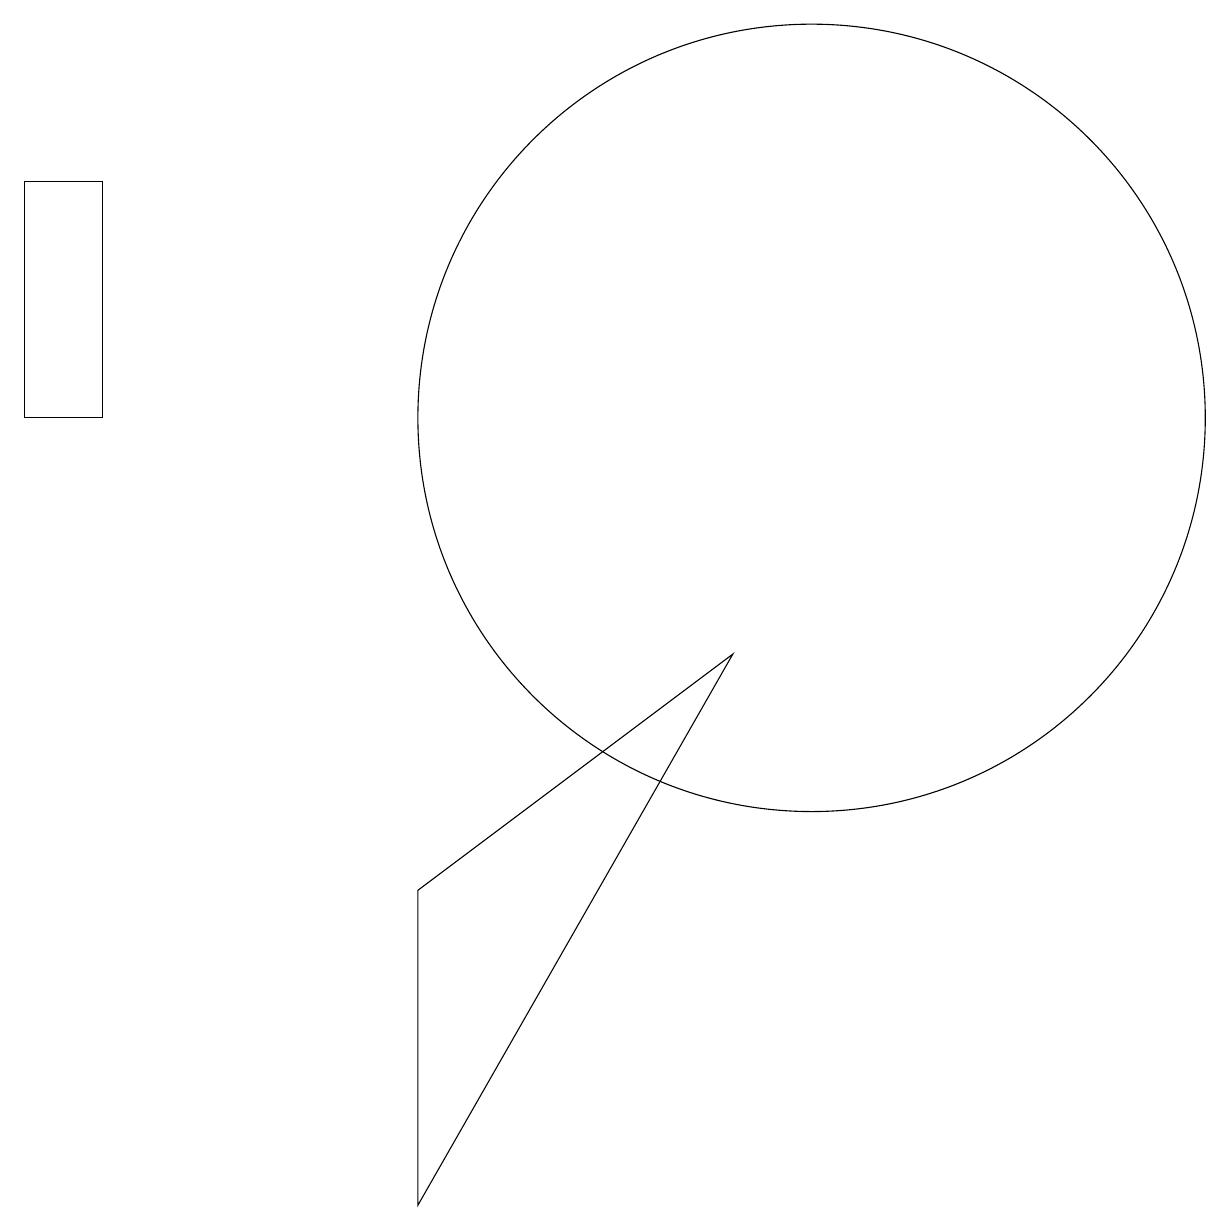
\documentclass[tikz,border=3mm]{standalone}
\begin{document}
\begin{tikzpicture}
\draw (10,12) circle (5);
\draw (1,15) rectangle (0,12);
\draw (5,2) -- (9,9) -- (5,6) -- cycle;
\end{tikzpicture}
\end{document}